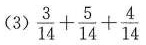
(3) $$\frac{3}{14} + \frac{5}{14} + \frac{4}{14}$$